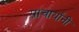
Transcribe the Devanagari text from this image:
प्राचार्यांनी